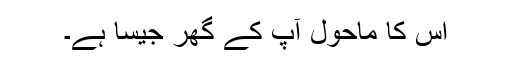
اس کا ماحول آپ کے گھر جیسا ہے۔